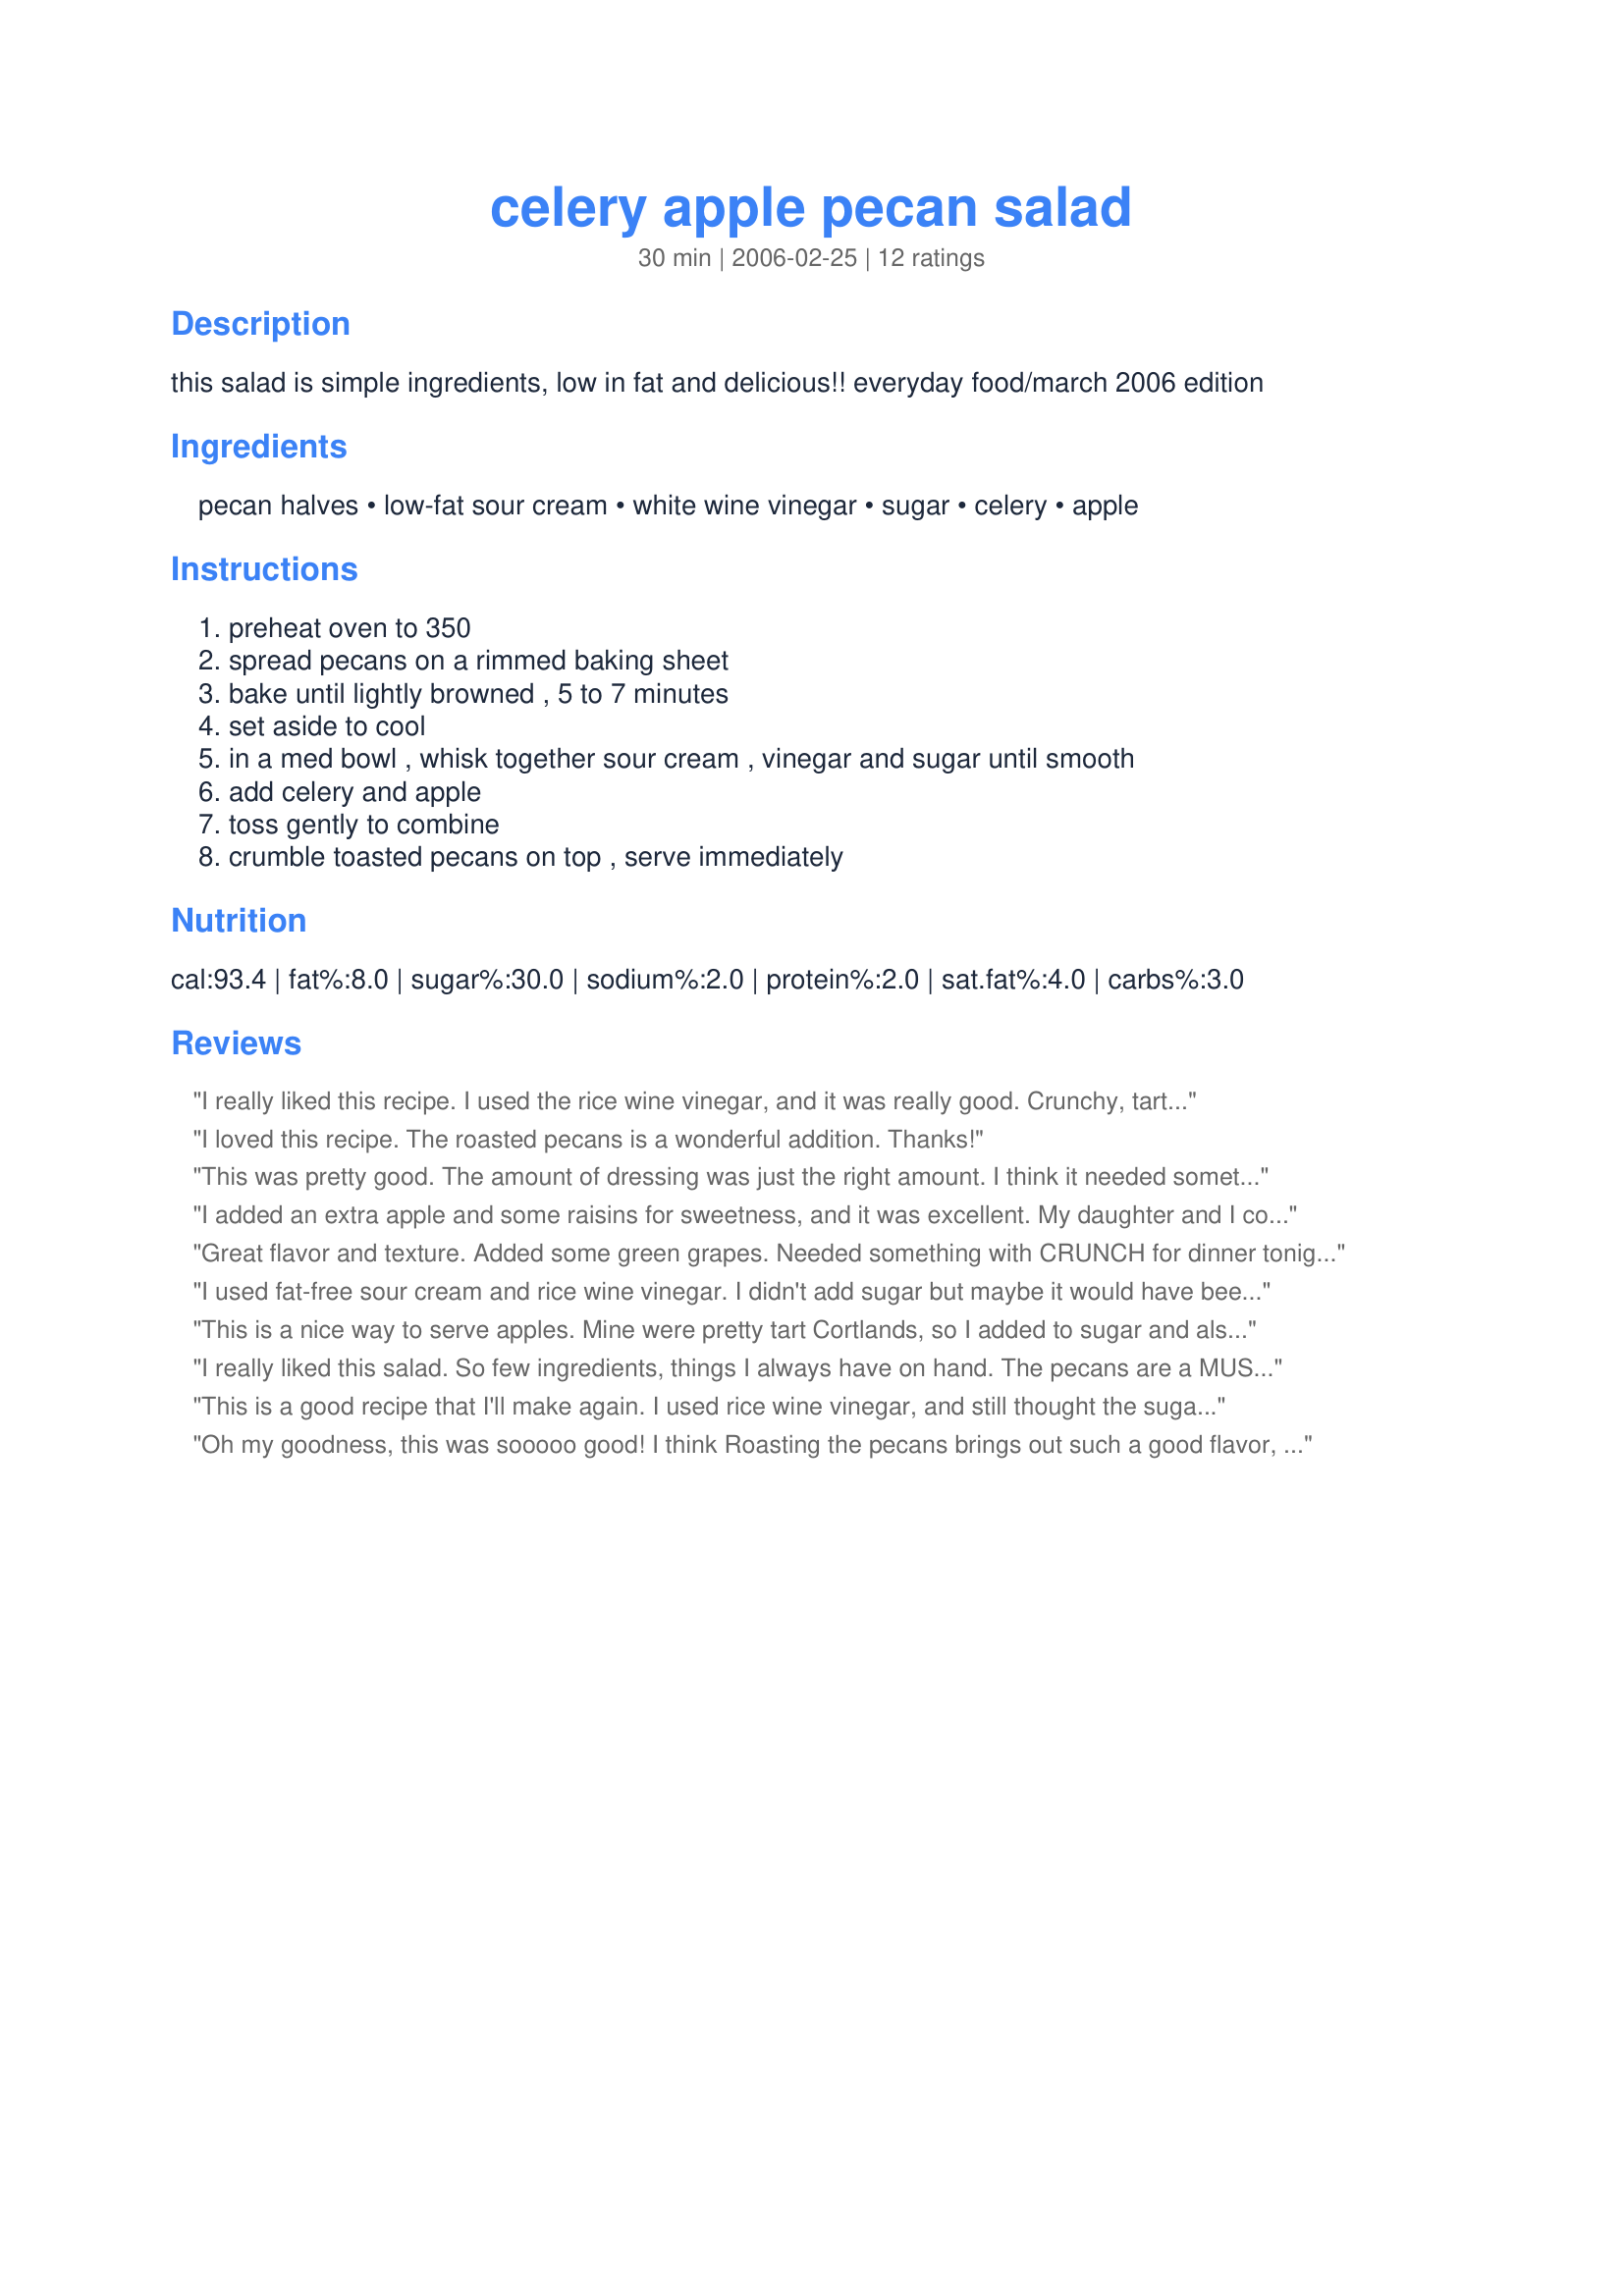
celery apple pecan salad
Preparation time: 30 minutes

this salad is simple ingredients, low in fat and delicious!!
everyday food/march 2006 edition

Ingredients:
pecan halves, low-fat sour cream, white wine vinegar, sugar, celery, apple

Steps:
preheat oven to 350, spread pecans on a rimmed baking sheet, bake until lightly browned , 5 to 7 minutes, set aside to cool, in a med bowl , whisk together sour cream , vinegar and sugar until smooth, add celery and apple, toss gently to combine, crumble toasted pecans on top , serve immediately

Reviews:
I really liked this recipe. I used the rice wine vinegar, and it was really good. Crunchy, tart and sweet. It's a keeper. Thanks.
I loved this recipe. The roasted pecans is a wonderful addition. Thanks!
This was pretty good. The amount of dressing was just the right amount. I think it needed something to jazz it up a bit...
I added an extra apple and some raisins for sweetness, and it was excellent. My daughter and I couldn't stop eating it until it was all gone. I have never eaten so much celery at once! Thank you for the recipe.
Great flavor and texture. Added some green grapes. Needed something with CRUNCH for dinner tonight. Prepared dinner: meat loaf, mashed garlic cheese potatoes and steamed broccoli.
I used fat-free sour cream and rice wine vinegar. I didn't add sugar but maybe it would have been better but I wanted to save on the calories. The best of this salad is the pecans. It's great with the celery and apple. Thanks Katie. Made for Zaar Star Game
This is a nice way to serve apples. Mine were pretty tart Cortlands, so I added to sugar and also one tablespoon maple syrup. Nice balance of tart and sweet and some good crunch.
I really liked this salad. So few ingredients, things I always have on hand. The pecans are a MUST! Will be making this often. Thanks for posting!
This is a good recipe that I'll make again. I used rice wine vinegar, and still thought the sugar was needed. Also added some pepper and salt. Next time I might try mixing half LF mayo and half LF sour cream for a little zip. Maybe add some celery seeds, too?
Oh my goodness, this was sooooo good! I think Roasting the pecans brings out such a good flavor, it was a great combination with the apple and celery. It was prepared exactly as posted, oops, except I used the white wine vinegar and added Splenda instead of sugar, because there were several diabetics at the dinner party. It was loved by all, was perfect for the warm evening and a fresh compliment to the beef dish that was served. Another recipe that was requested by the guests. Thanks Katie!
This is the dish that I took to a potluck this weekend. I mananged to get a small helping before the "locusts" devoured it. Really nice crunch & mild flavors & very easy to make. Thanks katie!
I used 3 celery stalks and 2 apples instead of what was listed. I felt like this was a good balance between the two ingredients. I made the dressing as stated, which was just the right amount for the celery and apples I used.
Loved the roasted pecans!
I served it with steak and potatoes and it was a great compliment to the meal.
Thanks,
KCShell
